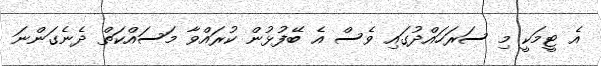
އެ ޓީމަކީ މި ސަރަހައްދުގައި ވެސް އެ ބޭފުޅުން ކުރައްވާ މަސައްކަތް ދެނެގަންނަ